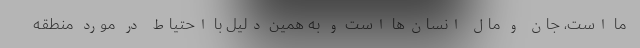
ما است، جان و مال انسان‌ها است و به همین دلیل با احتیاط در مورد منطقه